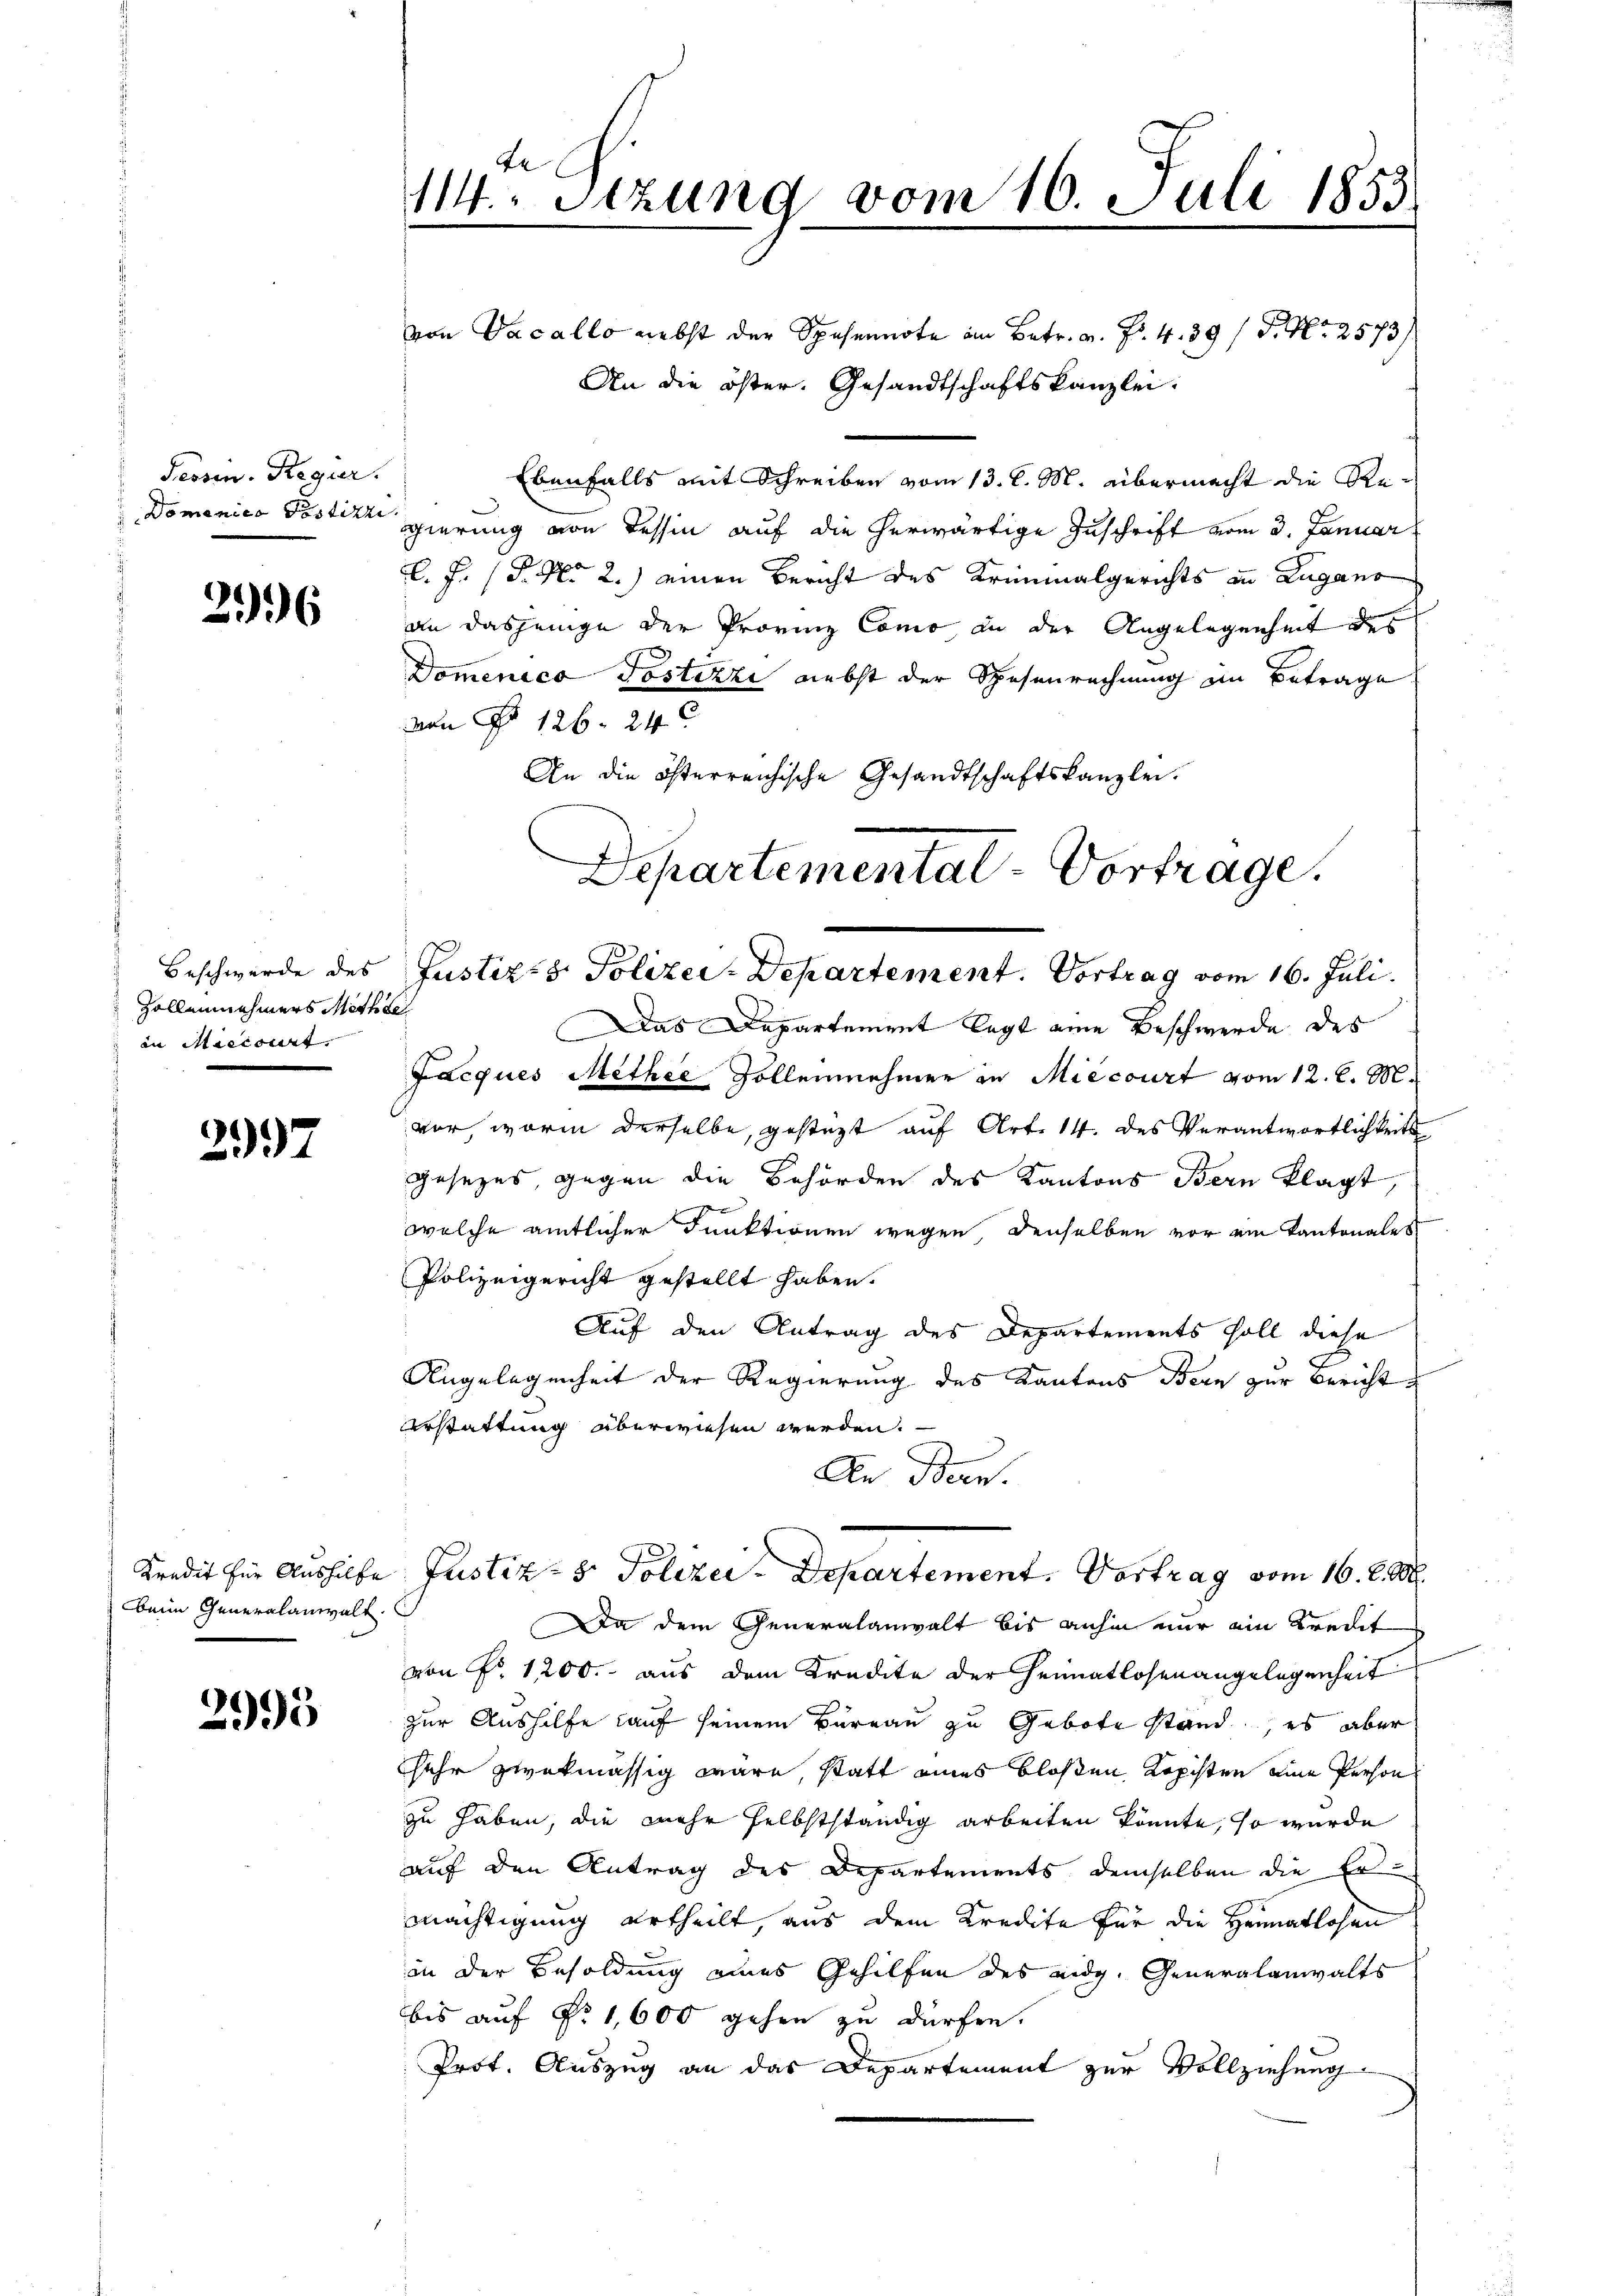
Fessen. Regur.
Domenico Postizr

296

Zollennehmers Methse
 in Marisiert.

2997

beim Generalanwalt.

2995

von Vacallo nebst der Spesennote am Betr. v. Fr. 4. 39 / P. Nr. 2573/
An die öster. Gesandtschaftskanzlei:
Ebenfalls mit Schreiben vom 13. l. M. übermacht die Re¬
2e
gierung von Tessin auf die herwärtige Zuschrift vom 3. Januar
l. J. (T. No 2.) einen Bericht des Kriminalgerichts in Zugano
an dasjenige der Provinz Como an der Angelegenheit des
Domenico Postizzi, nebst der Spesenrechnung im Betrage
von P. 126. 24
An die österreichische Gesandtschaftskanzlei.
Departemental-Vortrage.

11. Sitzung vom 16. Juli 1853

Beschwerde des Justizzs Polizei-Departement. Vortrag vom 16. Juli.

Das Departement legt eine Beschwerde des
Jacques Methee Sollennehmer in Miecourt vom 12. l. M.
vor, worin derselbe, gestüzt auf Art. 14. des Verantwortlichkeits
gesezes, gegen die Behörden des Kantons Bern klagt,
welche amtlicher Funktionen wegen denselben vor ein Kantonales
Polizeigericht gestellt haben.
Auf den Antrag des Departements soll diese
Angelegenheit der Regierung des Kantons Bern zur Bericht
erstattung überwiesen werden.
An Bern.
Kredit für Aushilfe Justiz- & Polizei - Departement. Vortrag vom 16. d. M.
Da dem Generalanwalt bis anhin nur ein Kredit
von Fr. 1200. aus dem Kredite der Heimatlosen angelegenheit
zur Aushilfe auf seinem Bureau zu Gebote stand, es aber
sehr zwekmässig wäre, statt eines bloßen Kopisten eine Person
zu haben, die mehr selbstständig arbeiten könnte, so wurde
auf den Antrag des Departements demselben die Er-
mächtigung urtheilt, aus dem Kredite für die Heimatlosen
in der Besoldung eines Gehilfen des eidg. Generalanwalts
bis auf Nr. 1,600 gehen zu dürfen.
Prot. Auszug an das Departement zur Vollziehung